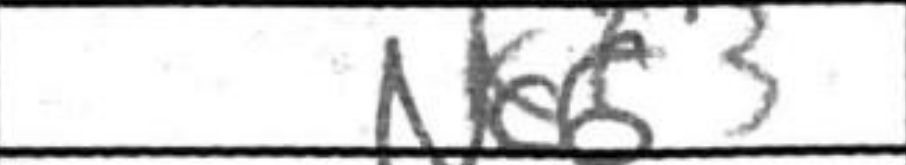
Transcription: Nc6